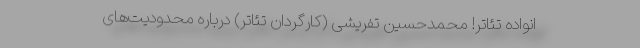
انواده تئاتر! محمدحسین تفریشی (کارگردان تئاتر) درباره محدودیت‌های